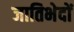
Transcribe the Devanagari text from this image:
जातिभेदों